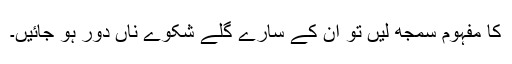
کا مفہوم سمجھ لیں تو ان کے سارے گلے شکوے ناں دور ہو جائیں۔